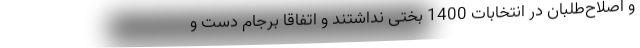
و اصلاح‌طلبان در انتخابات 1400 بختی نداشتند و اتفاقاً برجام دست و